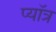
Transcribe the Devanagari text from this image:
प्यॉत्र